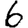
Digit: 6